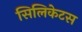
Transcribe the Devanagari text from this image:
सिलिकेटस